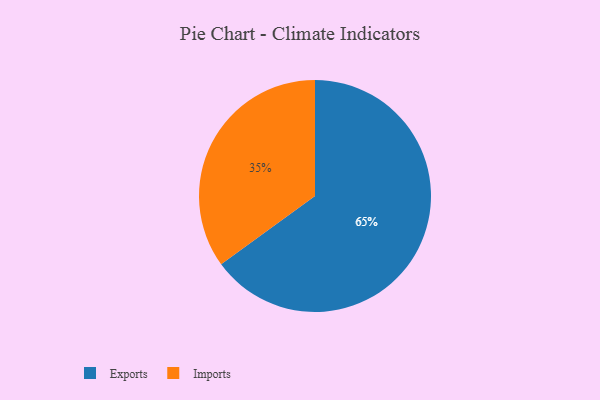
{"axis": {"x": "Category", "y": "Percentage"}, "legend": ["Exports", "Imports"], "data": [{"x": "Imports", "y": 35, "type": "Imports"}, {"x": "Exports", "y": 65, "type": "Exports"}]}